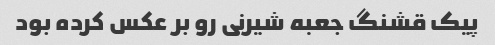
پیک قشنگ جعبه شیرنی رو بر عکس کرده بود